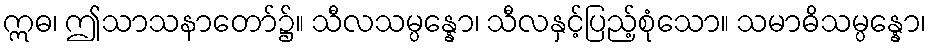
ဣဓ၊ ဤသာသနာတော်၌။ သီလသမ္ပန္နော၊ သီလနှင့်ပြည့်စုံသော။ သမာဓိသမ္ပန္နော၊